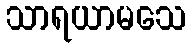
သာရယာမသေ